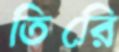
তিরিে